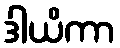
ဒါယိကာ